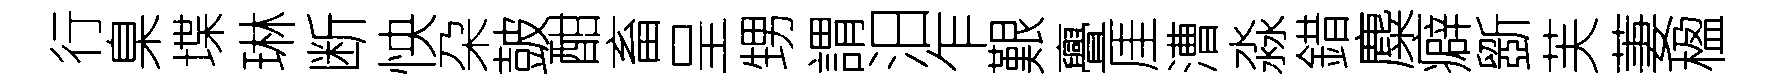
行臬堞琳断怏朶皷酣畜呈甥謂汨乍艱亹厓漕淼錯麋癖斵芙萋楹